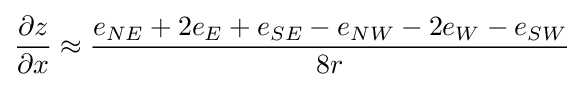
{\frac {\partial z}{\partial x}}\approx {\frac {e_{NE}+2e_{E}+e_{SE}-e_{NW}-2e_{W}-e_{SW}}{8r}}